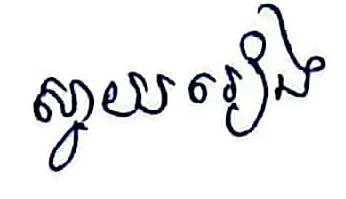
ស្វាយរៀង